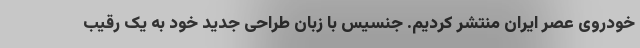
خودروی عصر ایران منتشر کردیم. جنسیس با زبان طراحی جدید خود به یک رقیب